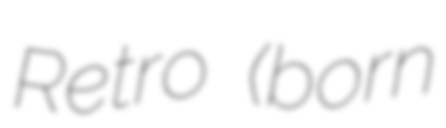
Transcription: Retro (born